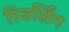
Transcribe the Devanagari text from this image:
रिवर्सिंग